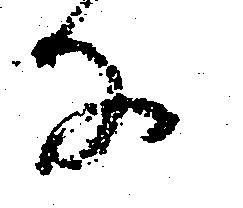
な